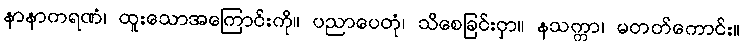
နာနာကရဏံ၊ ထူးသောအကြောင်းကို။ ပညာပေတုံ၊ သိစေခြင်းငှာ။ နသက္ကာ၊ မတတ်ကောင်း။